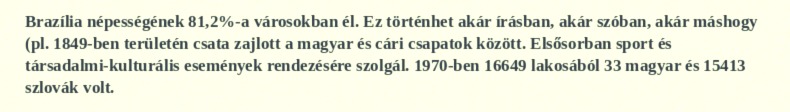
Brazília népességének 81,2%-a városokban él. Ez történhet akár írásban, akár szóban, akár máshogy (pl. 1849-ben területén csata zajlott a magyar és cári csapatok között. Elsősorban sport és társadalmi-kulturális események rendezésére szolgál. 1970-ben 16649 lakosából 33 magyar és 15413 szlovák volt.